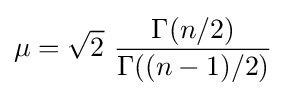
\mu ={\sqrt {2}}\,\,{\frac {\Gamma (n/2)}{\Gamma ((n-1)/2)}}